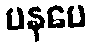
ပနပေ